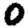
Digit: 0